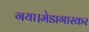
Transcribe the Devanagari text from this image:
गया।मेडागास्कर